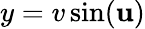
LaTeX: y=v\sin(\mathbf{u})